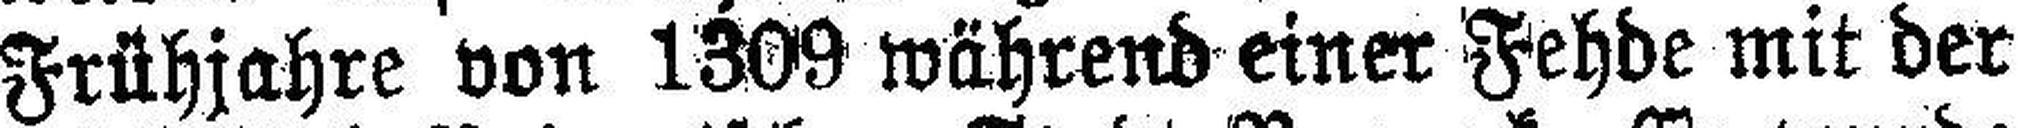
Frühjahre von 1309 während einer Fehde mit der